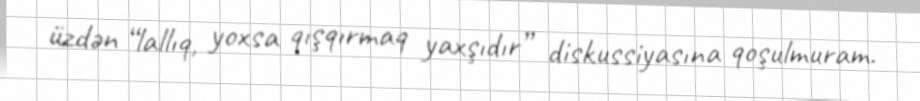
üzdən “lallıq, yoxsa qışqırmaq yaxşıdır” diskussiyasına qoşulmuram.